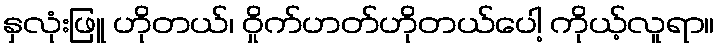
နှလုံးဖြူ ဟိုတယ်၊ ဝှိုက်ဟတ်ဟိုတယ်ပေါ့ ကိုယ့်လူရာ။